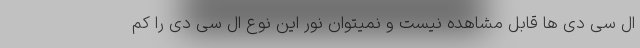
ال سی دی ها قابل مشاهده نیست و نمیتوان نور این نوع ال سی دی را کم